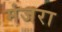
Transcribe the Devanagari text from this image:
मंजरा